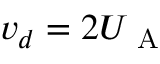
v _ { d } = 2 U _ { \mathrm { ~ A ~ } }